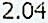
2.04